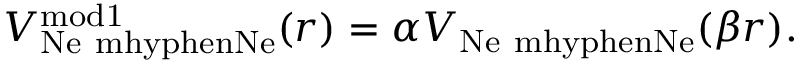
V _ { \mathrm { N e \ m h y p h e n N e } } ^ { \mathrm { m o d 1 } } ( r ) = \alpha V _ { \mathrm { N e \ m h y p h e n N e } } ( \beta r ) .